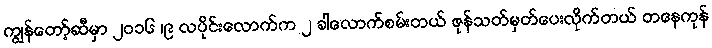
ကျွန်တော့်ဆီမှာ ၂၀၁၆ ၊၉ လပိုင်းလောက်က ၂ ခါလောက်စမ်းတယ် ဇုန်သတ်မှတ်ပေးလိုက်တယ် တနေကုန်